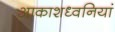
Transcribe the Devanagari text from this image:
आकाशध्वनियां